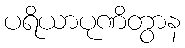
ပရိယာပုဏိတွာန